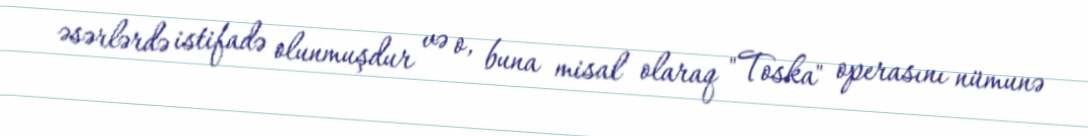
əsərlərdə istifadə olunmuşdur və o, buna misal olaraq "Toska" operasını nümunə